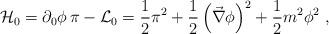
LaTeX: \begin{align*}{\cal H}_0=\partial_0\phi\,\pi-{\cal L}_0=\frac{1}{2}\pi^2+\frac{1}{2}\left(\vec{\nabla}\phi\right)^2+\frac{1}{2}m^2\phi^2\ ,\end{align*}